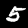
Digit: 5